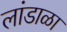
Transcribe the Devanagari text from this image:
लांडाळा